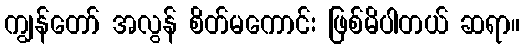
ကျွန်တော် အလွန် စိတ်မကောင်း ဖြစ်မိပါတယ် ဆရာ။